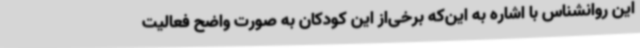
این روانشناس با اشاره به این‌که برخی‌از این کودکان به صورت واضح فعالیت